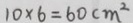
1 0 \times 6 = 6 0 c m ^ { 2 }